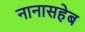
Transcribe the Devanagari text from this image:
नानासहेब